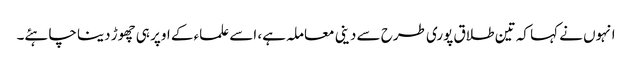
انہوں نے کہا کہ تین طلاق پوری طرح سے دینی معاملہ ہے، اسے علماء کے اوپر ہی چھوڑ دینا چاہئے۔